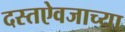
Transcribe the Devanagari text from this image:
दस्तऐवजाच्या